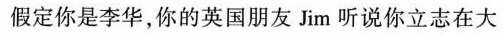
假定你是李华，你的英国朋友Jim听说你立志在大